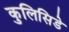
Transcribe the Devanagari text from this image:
कुलिसिडे